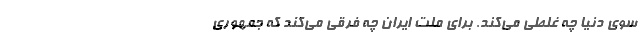
سوی دنیا چه غلطی می‌کند. برای ملت ایران چه فرقی می‌کند که جمهوری‌